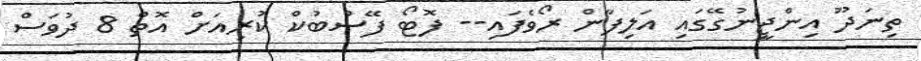
ތިނަދޫ އިންޖީނުގޭގައި އަލިފާން ރޯވެފައި-- ފޮޓޯ ފޭސްބުކް ކުރިއަށް އޮތް 8 ދުވަސް